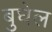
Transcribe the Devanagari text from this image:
बुघेल